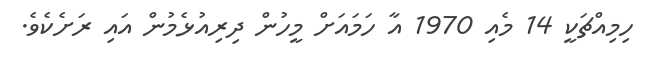
ހިމިއްޗަކީ 14 މެއި 1970 އާ ހަމައަށް މީހުން ދިރިއުޅެމުން އައި ރަށެކެވެ.